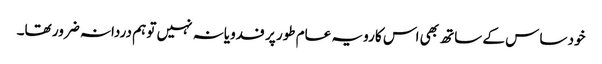
خود ساس کے ساتھ بھی اس کا رویہ عام طور پر فدویانہ نہیں تو ہم دردانہ ضرور تھا۔